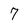
Character: 7